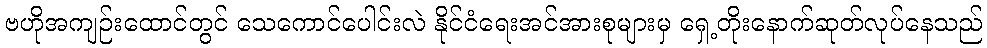
ဗဟိုအကျဉ်းထောင်တွင် သေကောင်ပေါင်းလဲ နိုင်ငံရေးအင်အားစုများမှ ရှေ့တိုးနောက်ဆုတ်လုပ်နေသည်